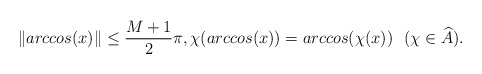
\begin{align*} \Vert arccos(x)\Vert \le \frac{M+1}{2}\pi, \chi(arccos(x))=arccos(\chi(x)) \ \ (\chi \in \widehat A).\end{align*}